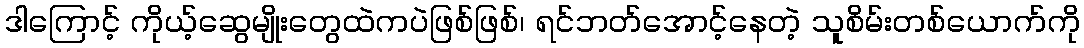
ဒါကြောင့် ကိုယ့်ဆွေမျိုးတွေထဲကပဲဖြစ်ဖြစ်၊ ရင်ဘတ်အောင့်နေတဲ့ သူစိမ်းတစ်ယောက်ကို